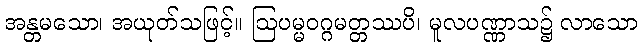
အန္တမသော၊ အယုတ်သဖြင့်။ ဩပမ္မဝဂ္ဂမတ္တဿပိ၊ မူလပဏ္ဏာသ၌ လာသော